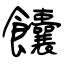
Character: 饢